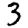
Digit: 3